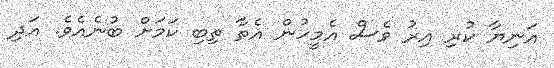
އަނިޔާ ކުރި އިރު ވެސް އެމީހުން އެތާ ތިބި ކަމަށް ބުނެއެވެ. އަދި